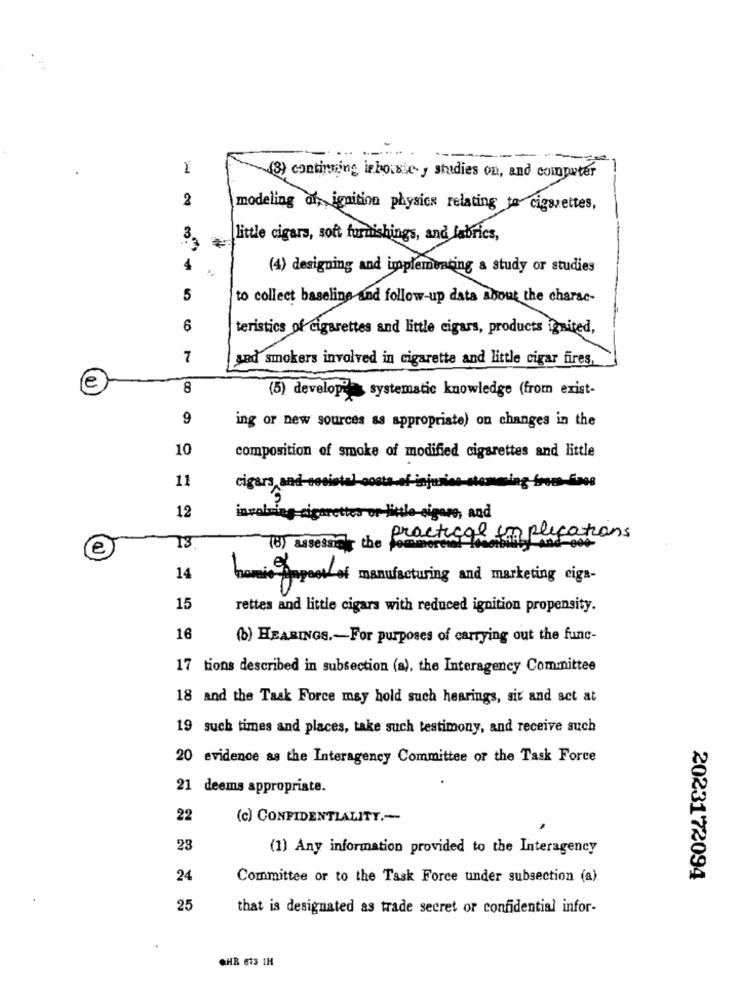
1
(8) continuing leborse y studies on, and computer
2
modeling of, ignition physics relating to cigarettes,
3
little cigars, soft furnishings, and fabrics,
4
(4) designing and implementing a study or studies
5
to collect baseline and follow-up data about the charse-
6
teristics of cigarettes and little cigars, products ignited,
7
sad smokers involved in cigarette and little cigar fires,
e
8
(5) develop?a systematic knowledge (from exist-
9
ing or new sources as appropriate) on changes in the
10
composition of smoke of modified cigarettes and little
11
cigars and-cecistel-oo
ta-of -injuries-stemming from Saos
12
involving cigarettes or little-cigare, and
practical implications
e
(8) assessing the four
-And-004-
14
benice pool of manufacturing and marketing ciga-
15
rettes and little cigars with reduced ignition propensity.
16
(b) HEARINGS .- For purposes of carrying out the func-
17 tions described in subsection (a), the Interagency Committee
18 and the Task Force may hold such hearings, sit and set at
19 such times and places, take such testimony, and receive such
20 evidence as the Interagency Committee or the Task Force
21 deems appropriate.
22
(c) CONFIDENTIALITY .-
23
(1) Any information provided to the Interagency
24
Committee or to the Task Force under subsection (a)
2023172094
25
that is designated as trade secret or confidential infor-
CHR 613 1H